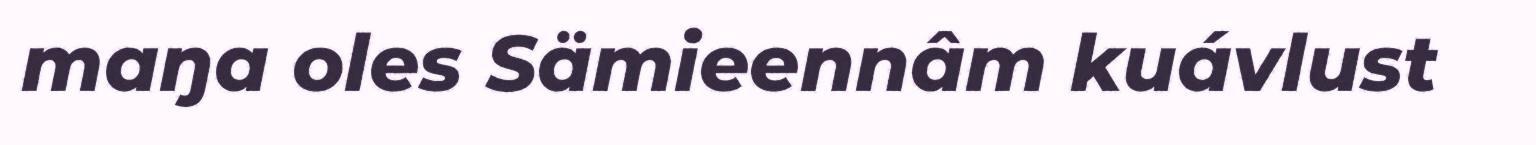
maŋa oles Sämieennâm kuávlust